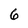
Character: 6